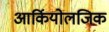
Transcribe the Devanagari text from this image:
आर्कियोलजिक